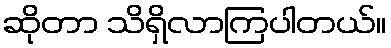
ဆိုတာ သိရှိလာကြပါတယ်။